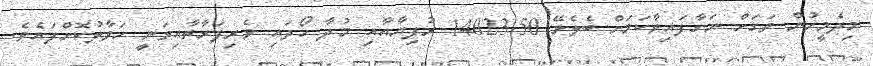
މިދެމީހުން ވަގަށް ނަގާފައިވާކަމަށް ބެލެވޭ 14023.50 ރުފިޔާއާއި މުދާ ހޯދައި ވެރިފަރާތާއިވަނީ ހަވާލުކޮށްފައެވެ.